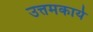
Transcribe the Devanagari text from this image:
उत्तमकार्य